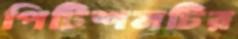
পিটিশনটির